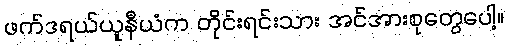
ဖက်ဒရယ်ယူနီယံက တိုင်းရင်းသား အင်အားစုတွေပေါ့။